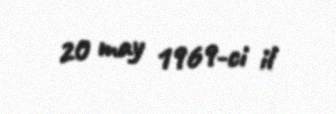
20 may 1969-ci il